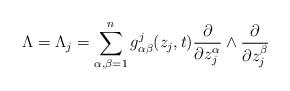
LaTeX: \begin{align*}\Lambda=\Lambda_j=\sum_{\alpha,\beta=1}^n g_{\alpha \beta}^{j}(z_j,t)\frac{\partial}{\partial z_{j}^{\alpha}}\wedge \frac{\partial}{\partial z_{j}^{\beta}}\end{align*}